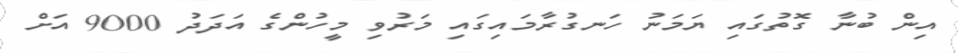
އިން ބުނާ ގޮތުގައި ޔަމަނު ހަނގުރާމައިގައި މަރުވި މީހުންގެ އަދަދު 9000 އަށް